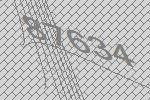
87634